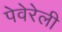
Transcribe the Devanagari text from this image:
पेवेरेली